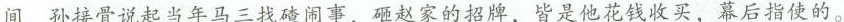
间，孙接骨说起当年与马三找碴闹事，砸赵家招牌，皆是他花钱售卖，幕后指使的。